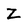
Character: Z